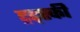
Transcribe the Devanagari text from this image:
ट्रट्स्की